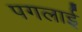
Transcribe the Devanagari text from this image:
पगलाई